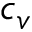
c _ { v }